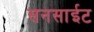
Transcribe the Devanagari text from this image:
सनसाईट